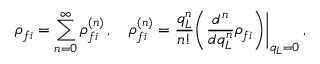
\rho _ { f i } = \sum _ { n = 0 } ^ { \infty } \rho _ { f i } ^ { ( n ) } \, , \quad \rho _ { f i } ^ { ( n ) } = \frac { q _ { L } ^ { n } } { n ! } \biggl ( \frac { d ^ { n } } { d q _ { L } ^ { n } } \rho _ { f i } \biggl ) \biggl \vert _ { q _ { L } = 0 } \, ,